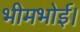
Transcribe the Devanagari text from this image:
भीमभोई।